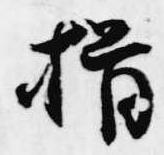
揖